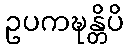
ဥပကဍ္ဎန္တိပိ